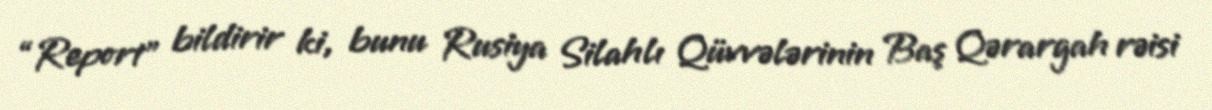
“Report” bildirir ki, bunu Rusiya Silahlı Qüvvələrinin Baş Qərargah rəisi